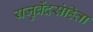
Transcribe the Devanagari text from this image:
यजुर्वेदसंहिता